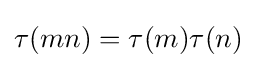
\tau (mn)=\tau (m)\tau (n)